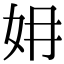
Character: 㚩